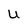
Character: U